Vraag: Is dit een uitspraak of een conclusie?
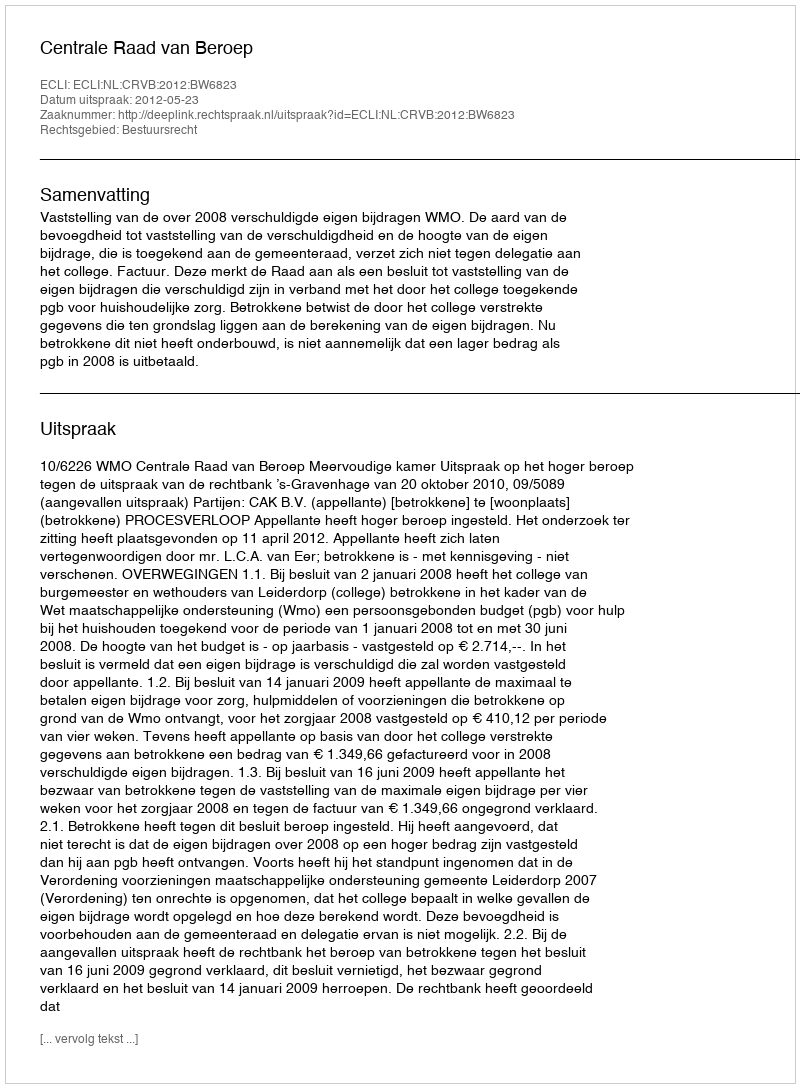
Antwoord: Uitspraak